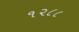
૧૨૮૮